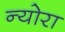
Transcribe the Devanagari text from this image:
न्योरा